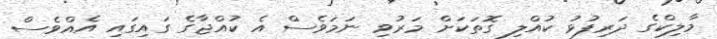
މާލިކްގެ ދަރިފުޅު ކުއްލި ގޮތަކަށް މަރުވި ނަމަވެސް އެ ކުއްޖާގެ ގައިގައި އެއްވެސް